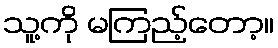
သူ့ကို မကြည့်တော့။